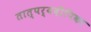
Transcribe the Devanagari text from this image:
तात्पर्यदीपिका